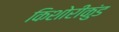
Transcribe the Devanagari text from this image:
किशोरीकुंड